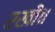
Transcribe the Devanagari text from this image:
रखी॥